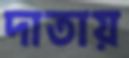
দাতায়